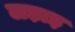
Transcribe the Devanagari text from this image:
लड़ाइ